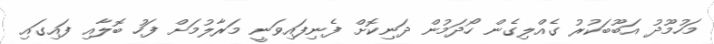
މަހުމޫދު އަބޫބަކުރު ގެއްލިގެން ހޯދަމުން ދަނިކޮށް ފެނިފައިވަނީ މަރާލުމަށް ފަހު ބޮލާއި ފައިގައި